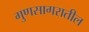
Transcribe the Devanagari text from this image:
गुणसागरातील